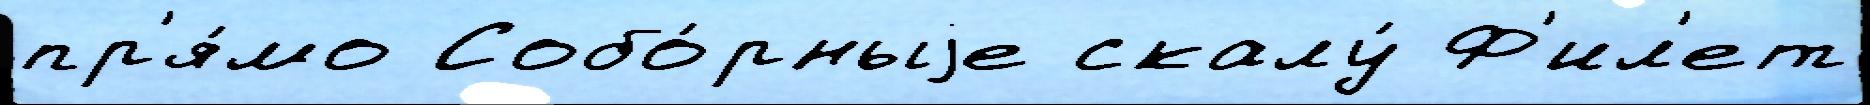
пр'я́мо Собо́рныjе скалу́ Ф'ил'ет